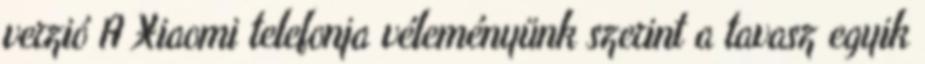
verzió A Xiaomi telefonja véleményünk szerint a tavasz egyik